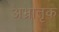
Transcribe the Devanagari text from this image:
अभ्रातृक